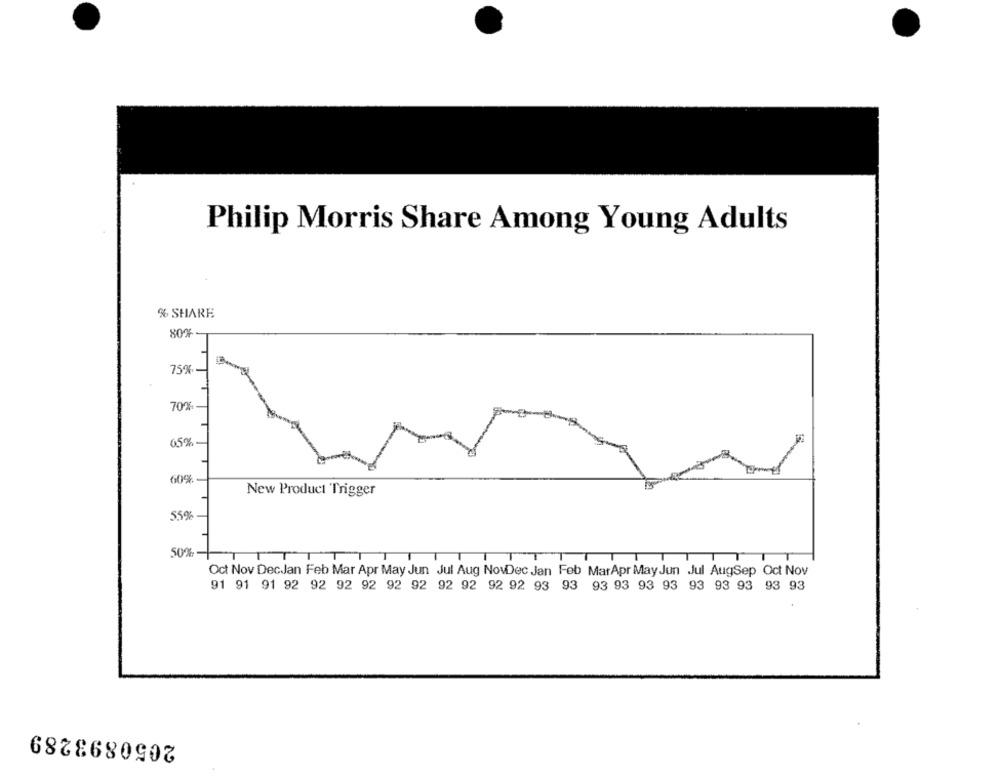
Philip Morris Share Among Young Adults
% SHARE
759
70%
60%
New Product Trigger
55%
50%
Oct Nov DecJan Feb Mar Apr May Jun Jul Aug NowDec Jan Feb MarApr May Jun Jul AugSep Oct Nov
91 91 91 92 92 92 92 92 92 92 92 92 92 93 93 93 93 93 93 93 93 93 93 93
2050893289